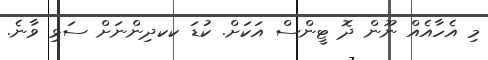
މި އެހާއެއް ނޫން ދޮ ޓީންސް އަކަށް. ކުޑަ ކކދިންނަށް ސަޅި ވާނެ.